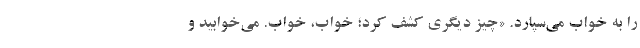
را به خواب مي‌سپارد. «چيز ديگري كشف كرد؛ خواب، خواب. مي‌خوابيد و